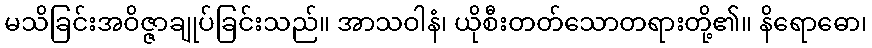
မသိခြင်းအဝိဇ္ဇာချုပ်ခြင်းသည်။ အာသဝါနံ၊ ယိုစီးတတ်သောတရားတို့၏။ နိရောဓော၊